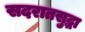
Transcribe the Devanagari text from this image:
सदरातसुद्धा